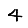
Digit: 4